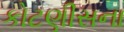
કોટણીસના